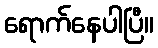
ရောက်နေပါပြီ။